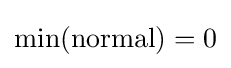
\min({\mbox{normal}})=0